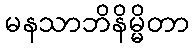
မနသာဘိနိမ္မိတာ